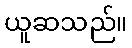
ယူဆသည်။